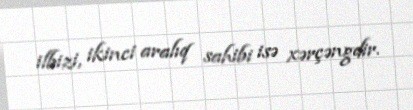
ilbizi, ikinci aralıq sahibi isə xərçəngdir.